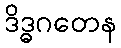
ဒိဒ္ဓဂတေန